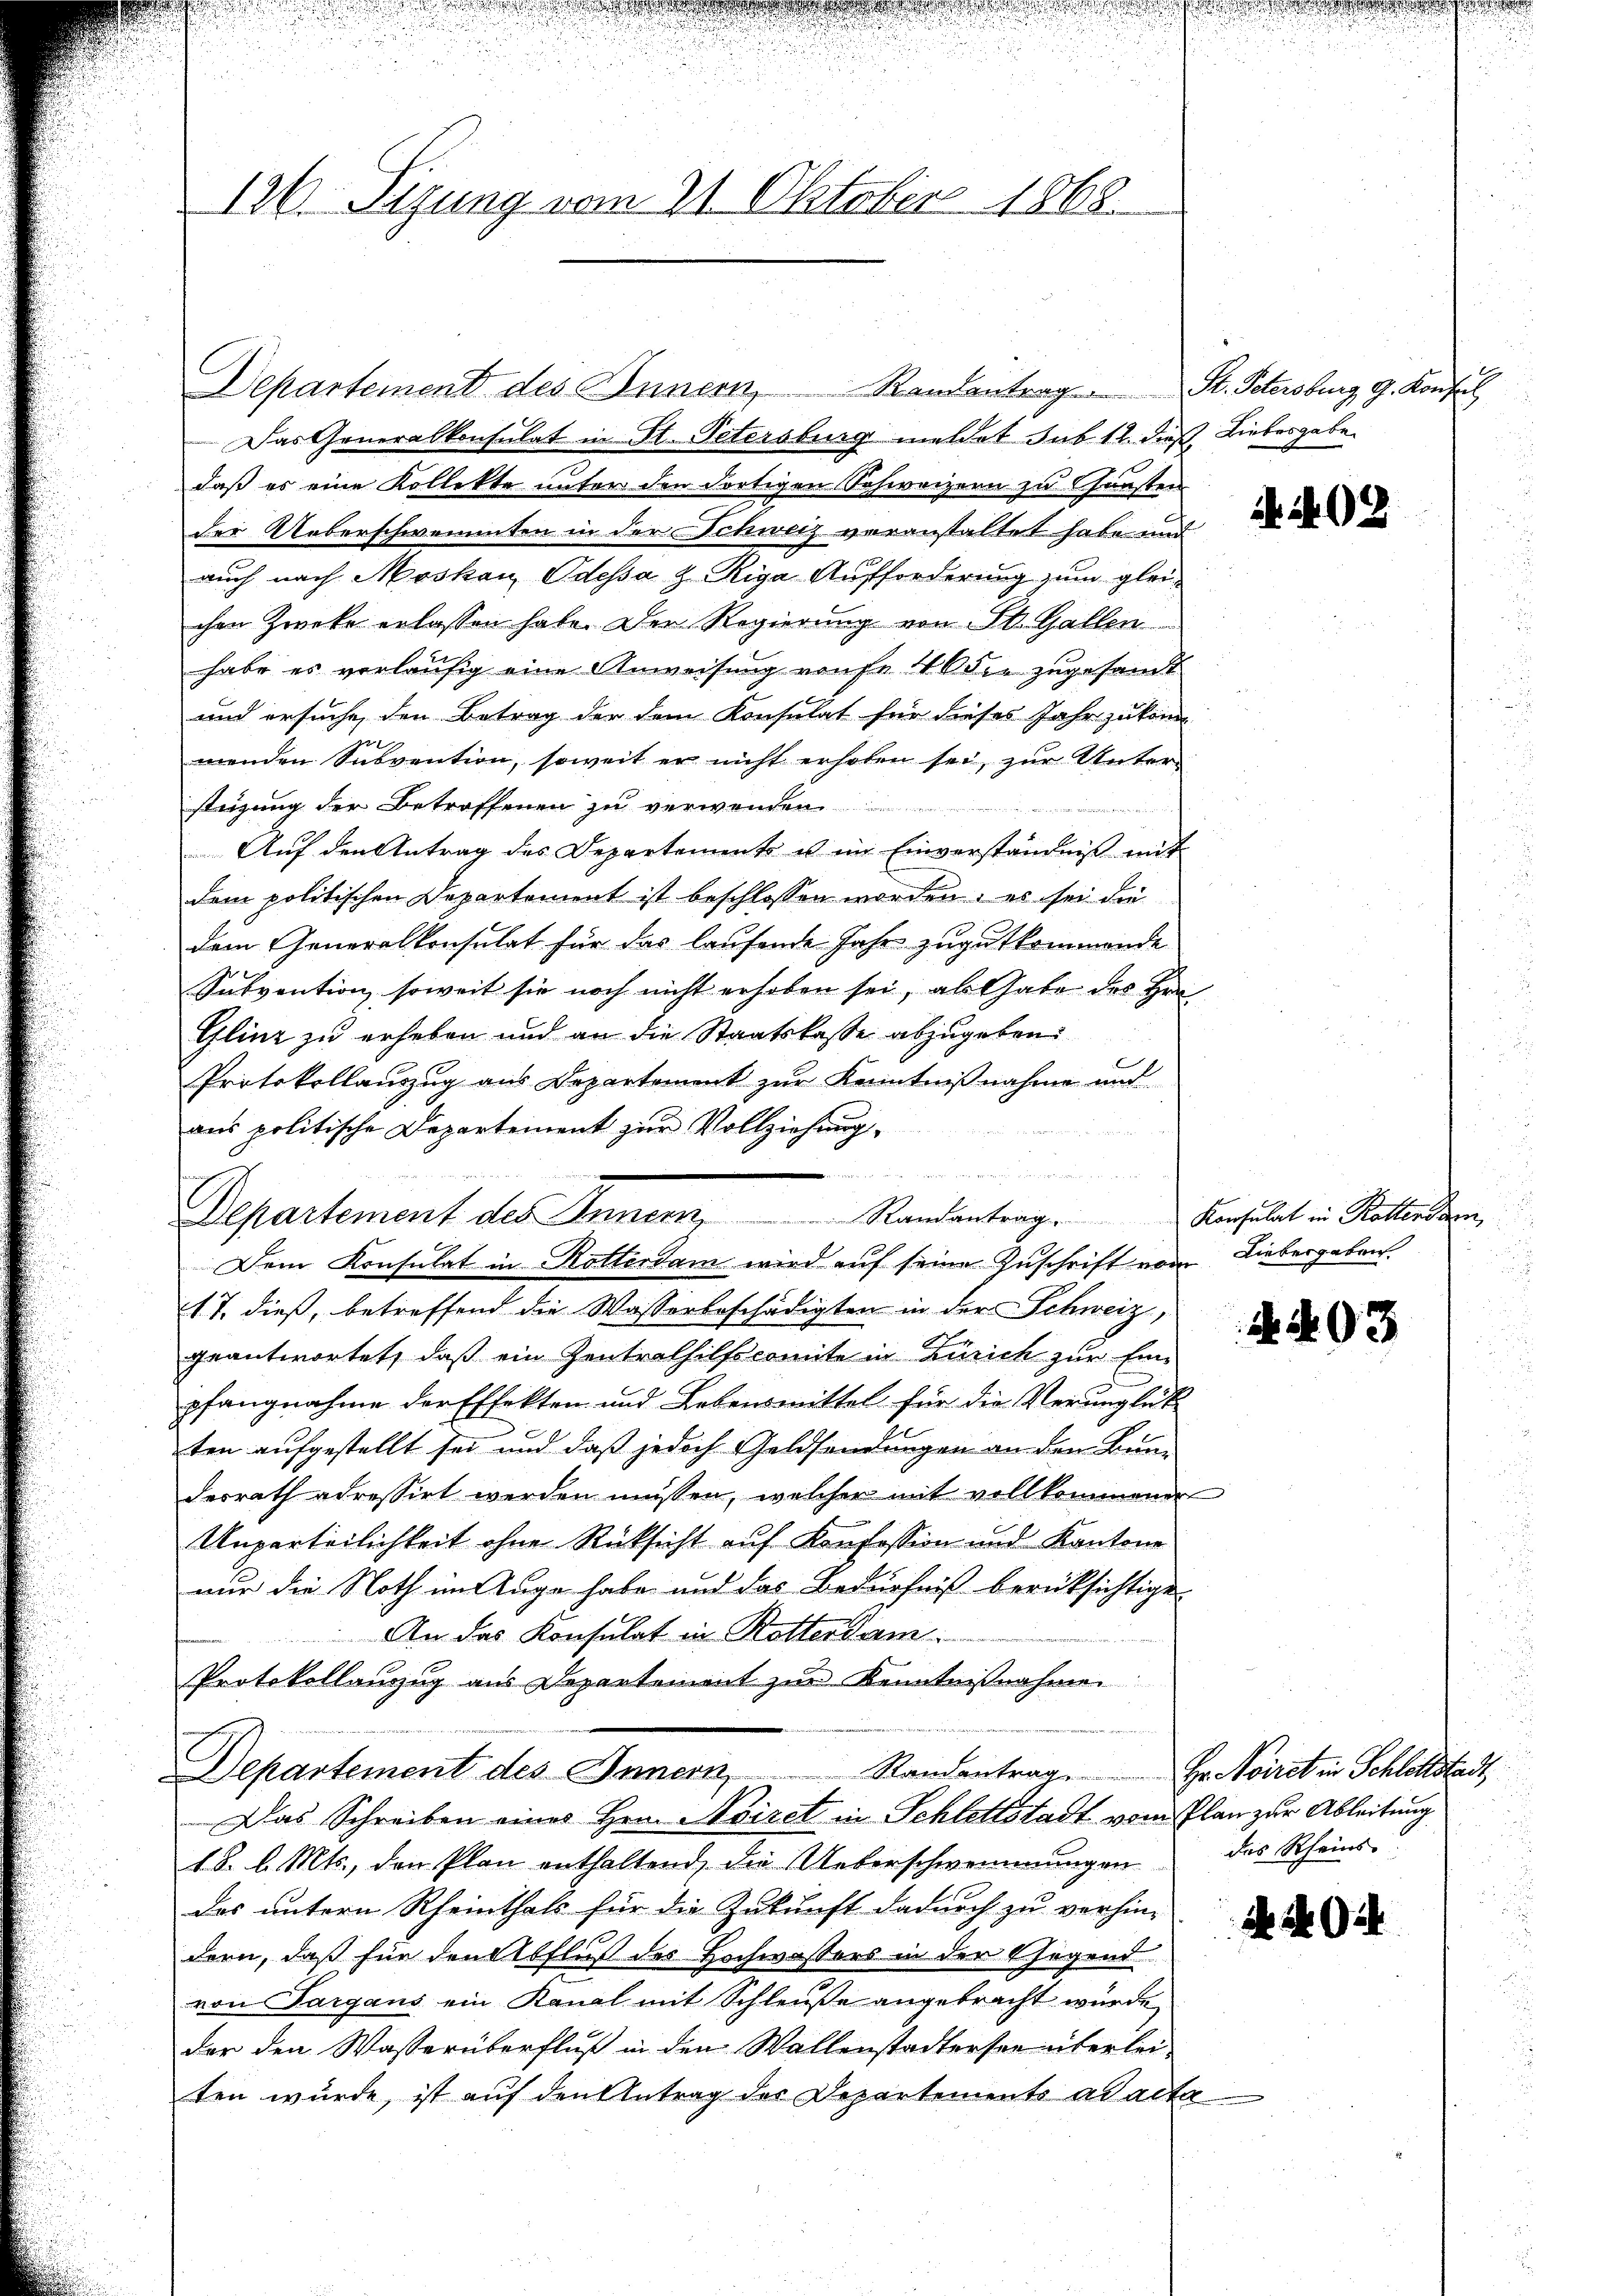
126. Sizung vom 21. Oktober 1868.

Das Generalkonsulat in St. Petersburg meldet sub. 12. dieß Liebesgabe
daß es eine Kollekte unter den dortigen Schweizern zu Gunsten
der Ueberschwemmten in der Schweiz veranstaltet habe und
auch nach Moskau Odessa & Riga Aufforderung zum gleichen Zwecke erlassen habe. Der Regierung von St. Gallen
habe es vorläufig eine Anweisung rause 10 die zugesandt
und ersuche, den Betrag der dem Konsulat für dieses Jahr zu könn
menden Subvention, soweit er nicht erhoben sei, zur Unterstigung der Betroffenen zu verwenden
Auf den Antrag des Departements u im Einverständniß mit
dem politischen Departement ist beschlossen worden, es sei die
dem Generalkonsulat für das laufende Jahr zugutkommende
Subvention, soweit sie noch nicht erhoben sei, als Gabe des Hrn.
Glinz zu erheben und an die Staatskasse abzugeben.
Protokollauszug aus Departement zur Kenntnißnahme und
ans politische Departement zŭr Vollziehung,
un
Departement des Innern,
Dem Konsulat in Rotterdam wird auf seine Zuschrift vom Liebergeben.
17. dieß, betreffend die Wasserbeschädigten in der Schweiz,
geantwortet, daß ein Zentrathilfscomite in Zürich zur Einpfangnahme der Effekten und Lebensmittel für die Verunglükten aufgestellt sei und daß jedoch Geldsendungen an den Bun-
desrath adressirt werden müssen, welcher mit vollkommenen
Unparteilichkeit ohne Rücksicht auf Konfession und Kantone
nur die Noth im Auge habe und das Bedürfniß berücksichtige
An das Konsulat in Rotterdam.
Protokollanzug aus Departement zur Kenntnißnahme

Departement des Innern Randentrag
Das Schreiben eines Hern Noiret in Schlettstadt vom Plan zur Ableitung
18. d. Mts., den Plan enthaltend, die Ueberschwemmungen
das untern Rheinthals für die Zukunft dadurch zu verhin-
dern, daß für den Abfluß des Hochwassers in der Gegend
von Sargaus ein Kanal mit Schleuße angebracht wurde,
der den Wasserüberfluß in den Wallenstadtersee eiterlei-
ten wurde, ist auf den Antrag der Departements ad acta

Departement des Innern, Randantrag. St. Petersburg, G. Konsul

Randantrag Konsulat in Rottersan

A 402

4. 493

Hr. Noiret in Schlöttstadt,
des Rheins

2